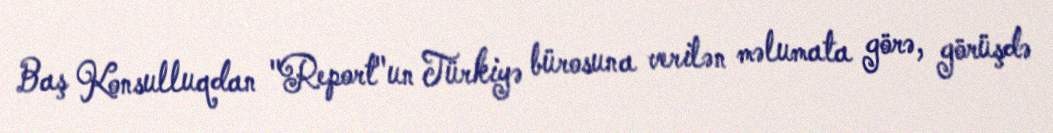
Baş Konsulluqdan "Report"un Türkiyə bürosuna verilən məlumata görə, görüşdə